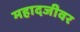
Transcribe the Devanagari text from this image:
महादजीवर